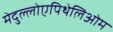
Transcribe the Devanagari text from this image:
मेदुल्लोएपिथेलिओम